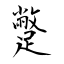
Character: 蹩